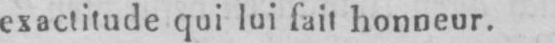
exactitude qui lui fait honneur.